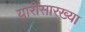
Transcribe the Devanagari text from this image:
यारीसारख्या